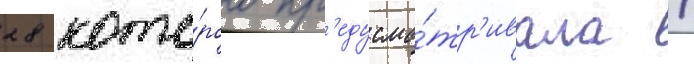
28 кото́рого пр'едусма́тр'ивала /